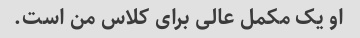
او یک مکمل عالی برای کلاس من است.